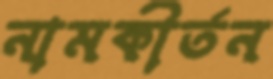
নামকীর্তন